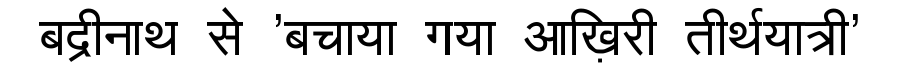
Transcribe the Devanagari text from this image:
बद्रीनाथ से 'बचाया गया आख़िरी तीर्थयात्री'